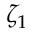
\zeta _ { 1 }